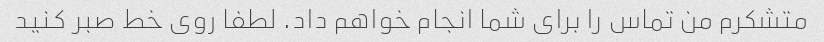
متشکرم من تماس را برای شما انجام خواهم داد. لطفا روی خط صبر کنید